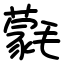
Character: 氋